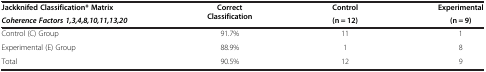
<table><thead><tr><td><b>Jackknifed Classification* Matrix<i>Coherence Factors 1,3,4,8,10,11,13,20</i></b></td><td><b>Correct Classification</b></td><td><b>Control(n = 12)</b></td><td><b>Experimental(n = 9)</b></td></tr></thead><tbody><tr><td>Control (C) Group</td><td>91.7%</td><td>11</td><td>1</td></tr><tr><td>Experimental (E) Group</td><td>88.9%</td><td>1</td><td>8</td></tr><tr><td>Total</td><td>90.5%</td><td>12</td><td>9</td></tr></tbody></table>